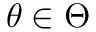
\theta \in \Theta